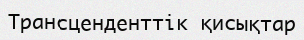
Трансценденттік қисықтар